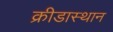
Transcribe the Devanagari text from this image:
क्रीडास्थान